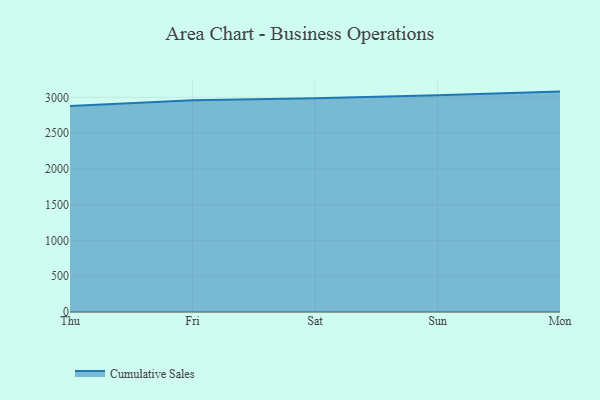
{"axis": {"x": "Day", "y": "Net Income (USD K)"}, "legend": ["Cumulative Sales"], "data": [{"x": "Thu", "y": 2879.4, "type": "Cumulative Sales"}, {"x": "Fri", "y": 2959.5, "type": "Cumulative Sales"}, {"x": "Sat", "y": 2987.8, "type": "Cumulative Sales"}, {"x": "Sun", "y": 3028.1, "type": "Cumulative Sales"}, {"x": "Mon", "y": 3080.2, "type": "Cumulative Sales"}]}